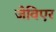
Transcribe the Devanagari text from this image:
जेविएर